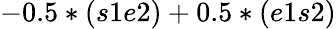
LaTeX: -0.5*(s1e2)+0.5*(e1s2)